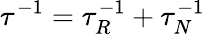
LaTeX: \tau^{-1}=\tau_{R}^{-1}+\tau_{N}^{-1}